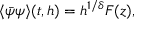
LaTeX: \langle \bar { \psi } \psi \rangle ( t , h ) = h ^ { 1 / \delta } F ( z ) ,